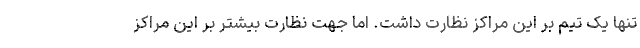
تنها یک تیم بر این مراکز نظارت داشت. اما جهت نظارت بیشتر بر این مراکز